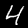
Digit: 4